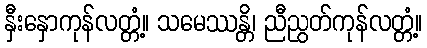
နှီးနှောကုန်လတ္တံ့။ သမေဿန္တိ၊ ညီညွတ်ကုန်လတ္တံ့။